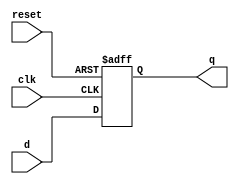
module d_flip_flop (
    input wire clk,
    input wire reset,
    input wire d,
    output reg q
);

// Reset the output on active low reset
always @(posedge clk or negedge reset)
begin
    if (!reset) begin
        q <= 1'b0;
    end else begin
        // Capture input on rising edge of clock
        q <= d;
    end
end

endmodule